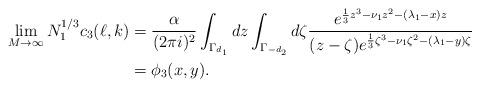
LaTeX: \begin{align*}\lim_{M\to\infty}N_1^{1/3}c_3(\ell,k)&=\frac{\alpha}{(2\pi i)^2}\int_{\Gamma_{d_1}}dz\int_{\Gamma_{-d_2}}d\zeta\frac{e^{\frac 13z^3- \nu_1 z^2- (\lambda_1-x)z}}{(z-\zeta)e^{\frac 13\zeta^3- \nu_1 \zeta^2- (\lambda_1-y)\zeta}}\\&=\phi_3(x,y).\end{align*}